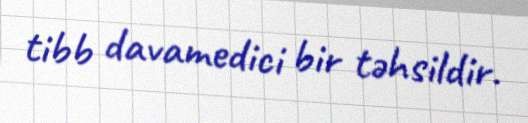
tibb davamedici bir təhsildir.